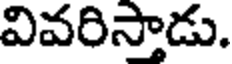
వివరిస్తాడు.